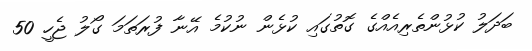
ބަދަލު ކުޅުންތެރިއެއްގެ ގޮތުގައި ކުޅެން ނުކުމެ އޭނާ ފުރަތަމަ ގޯލު ޖެހީ 50